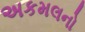
અકમલનો